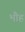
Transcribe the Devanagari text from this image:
भौह